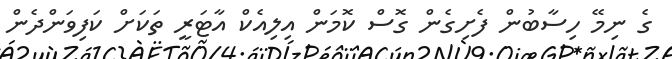
ގެ ނިމޭ ހިސާބުން ފެށިގެން ގޮސް ކޮމަން އިލިއެކް އާޓަރީ ތަކަށް ކަފިވަންދެން